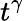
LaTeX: t^{\gamma}